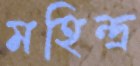
মহিন্দ্র